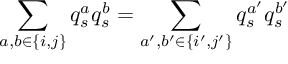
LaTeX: \sum _ { a , b \in \{ i , j \} } q _ { s } ^ { a } q _ { s } ^ { b } = \sum _ { a ^ { \prime } , b ^ { \prime } \in \{ i ^ { \prime } , j ^ { \prime } \} } q _ { s } ^ { a ^ { \prime } } q _ { s } ^ { b ^ { \prime } }